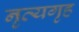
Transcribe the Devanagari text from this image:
नृत्यगृह